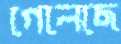
গেলেছে